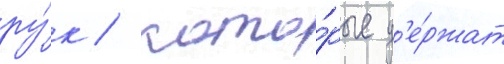
ру́к / кото́рые д'е́ржат